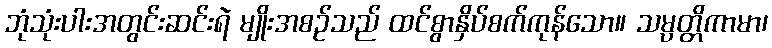
ဘုံသုံးပါးအတွင်းဆင်းရဲ မျိုးအစဉ်သည် ထင်စွာနှိပ်စက်ကုန်သော။ သမ္ပတ္တိကာမာ၊